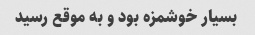
بسیار خوشمزه بود و به موقع رسید